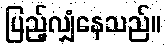
ပြည့်လျှံနေသည်။